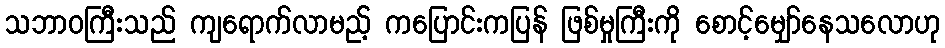
သဘာဝကြီးသည် ကျရောက်လာမည့် ကပြောင်းကပြန် ဖြစ်မှုကြီးကို စောင့်မျှော်နေသလောဟု